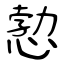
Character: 愂